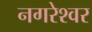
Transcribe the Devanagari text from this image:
नगरेश्वर